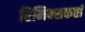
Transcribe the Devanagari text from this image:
रिमिक्सकर्ता